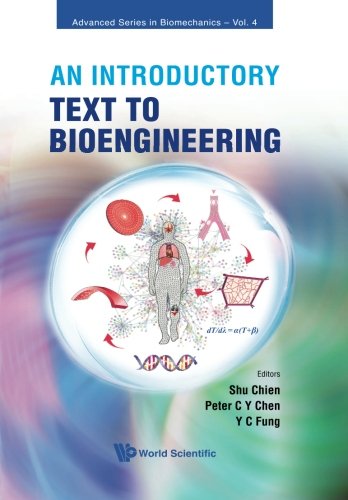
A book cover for An Introductory Text to Bioengineering (Advanced Series in Biomechanics); Shu Chien; Medical Books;